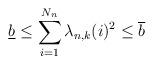
LaTeX: \begin{align*}\underline{b}\leq \sum_{i=1}^{N_n}\lambda_{n,k}(i)^2\leq\overline{b}\end{align*}